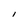
Character: I